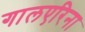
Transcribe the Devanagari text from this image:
गालएरिना